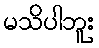
မသိပါဘူး